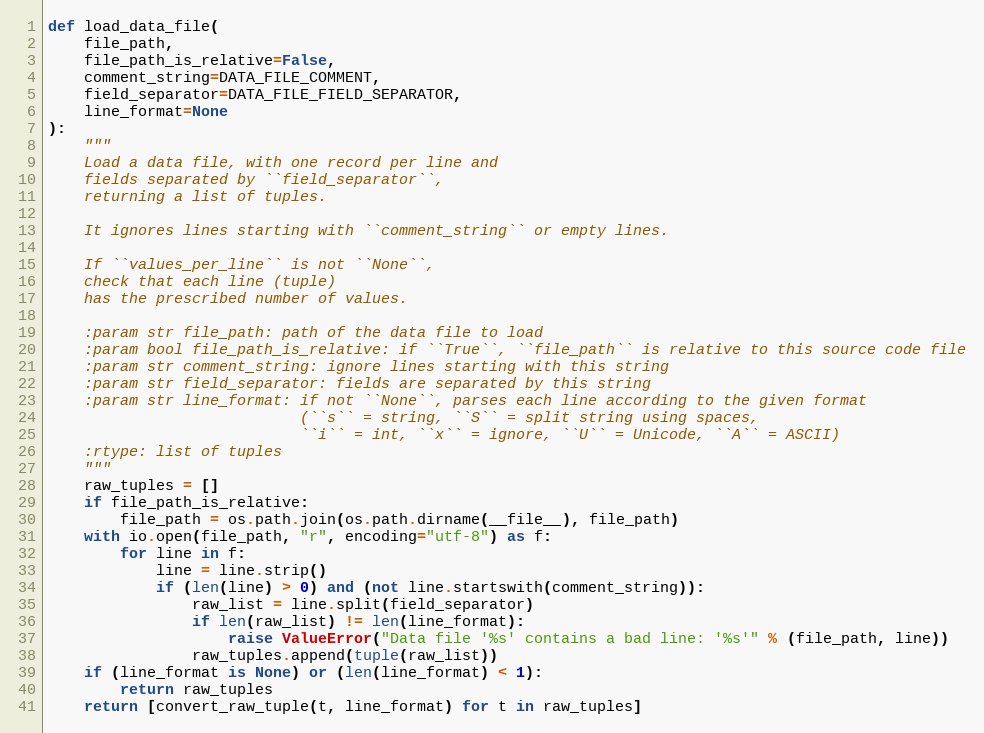
Language: Python
def load_data_file(
    file_path,
    file_path_is_relative=False,
    comment_string=DATA_FILE_COMMENT,
    field_separator=DATA_FILE_FIELD_SEPARATOR,
    line_format=None
):
    """
    Load a data file, with one record per line and
    fields separated by ``field_separator``,
    returning a list of tuples.

    It ignores lines starting with ``comment_string`` or empty lines.

    If ``values_per_line`` is not ``None``,
    check that each line (tuple)
    has the prescribed number of values.

    :param str file_path: path of the data file to load
    :param bool file_path_is_relative: if ``True``, ``file_path`` is relative to this source code file
    :param str comment_string: ignore lines starting with this string
    :param str field_separator: fields are separated by this string
    :param str line_format: if not ``None``, parses each line according to the given format
                            (``s`` = string, ``S`` = split string using spaces,
                            ``i`` = int, ``x`` = ignore, ``U`` = Unicode, ``A`` = ASCII)
    :rtype: list of tuples
    """
    raw_tuples = []
    if file_path_is_relative:
        file_path = os.path.join(os.path.dirname(__file__), file_path)
    with io.open(file_path, "r", encoding="utf-8") as f:
        for line in f:
            line = line.strip()
            if (len(line) > 0) and (not line.startswith(comment_string)):
                raw_list = line.split(field_separator)
                if len(raw_list) != len(line_format):
                    raise ValueError("Data file '%s' contains a bad line: '%s'" % (file_path, line))
                raw_tuples.append(tuple(raw_list))
    if (line_format is None) or (len(line_format) < 1):
        return raw_tuples
    return [convert_raw_tuple(t, line_format) for t in raw_tuples]